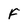
Character: F